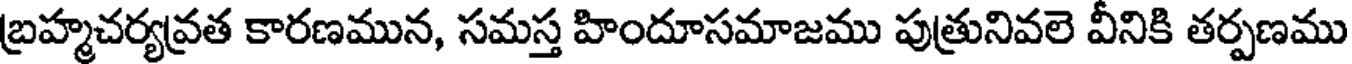
బ్రహ్మచర్యవ్రత కారణమున, సమస్త హిందూసమాజము పుత్రునివలె వీనికి తర్పణము